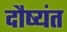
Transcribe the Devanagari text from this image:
दौष्यंत